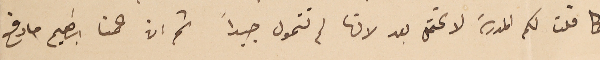
كما قلت لكم المدرسَة لا تحتمل بعد لانها لم تتمول جيداً ثم ان عمنا ابراهيم ما دفع